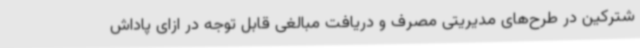
شترکین در طرح‌های مدیریتی مصرف و دریافت مبالغی قابل توجه در ازای پاداش